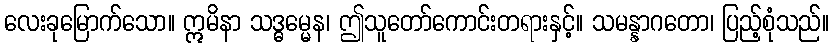
လေးခုမြောက်သော။ ဣမိနာ သဒ္ဓမ္မေန၊ ဤသူတော်ကောင်းတရားနှင့်။ သမန္နာဂတော၊ ပြည့်စုံသည်။